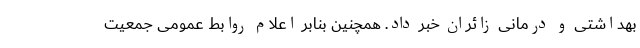
بهداشتی و درمانی زائران خبر داد. همچنین بنابر اعلام روابط عمومی جمعیت